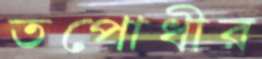
তপোধীর